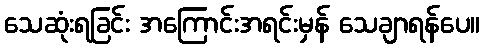
သေဆုံးရခြင်း အကြောင်းအရင်းမှန် သေချာရန်ပေ။